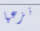
نزعها